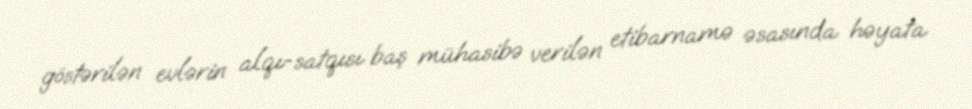
göstərilən evlərin alqı-satqısı baş mühasibə verilən etibarnamə əsasında həyata